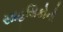
સાહસિકોનો